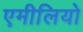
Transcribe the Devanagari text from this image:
एमीलियो